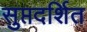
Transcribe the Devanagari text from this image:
सुप्तदर्शित